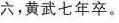
六，黄武七年卒。